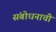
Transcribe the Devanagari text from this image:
संबोधनाची